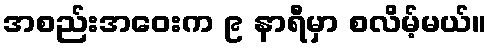
အစည်းအဝေးက ၉ နာရီမှာ စလိမ့်မယ်။